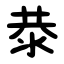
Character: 㳟